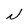
Character: N